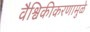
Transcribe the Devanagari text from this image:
वैश्विकीकरणामुळे